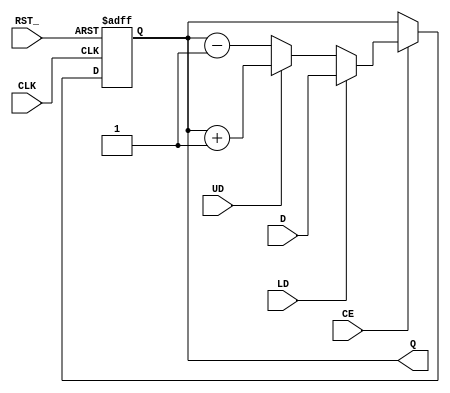
`timescale 1ns / 1ps
module UD_CNT_4 (D, LD, UD, CE, CLK, RST_, Q);
input [3:0] D;
input LD, UD, CE, CLK, RST_;
output reg [3:0] Q;
always @ (posedge CLK, negedge RST_)
    begin
    if (!RST_) Q = 4'b0;
    else if (CE)
        begin
            if (LD) Q = D;
            else if (UD) Q = Q + 4'b0001;
            else Q = Q - 4'b0001;
        end
    else Q = Q;
    end
endmodule